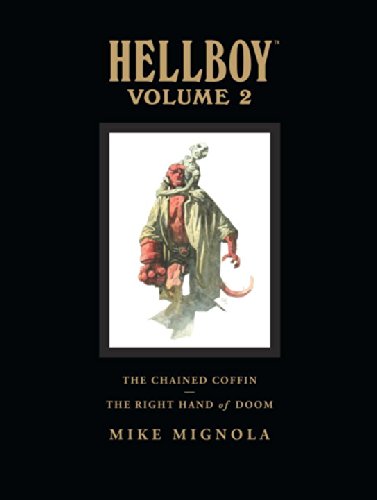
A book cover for Hellboy Library Edition, Volume 2: The Chained Coffin, The Right Hand of Doom, and Others; Mike Mignola; Comics & Graphic Novels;